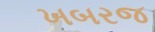
ખબરજ